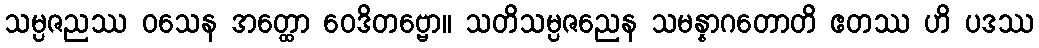
သမ္ပဇညဿ ဝသေန အတ္ထော ဝေဒိတဗ္ဗော။ သတိသမ္ပဇညေန သမန္နာဂတောတိ ဧတဿ ဟိ ပဒဿ